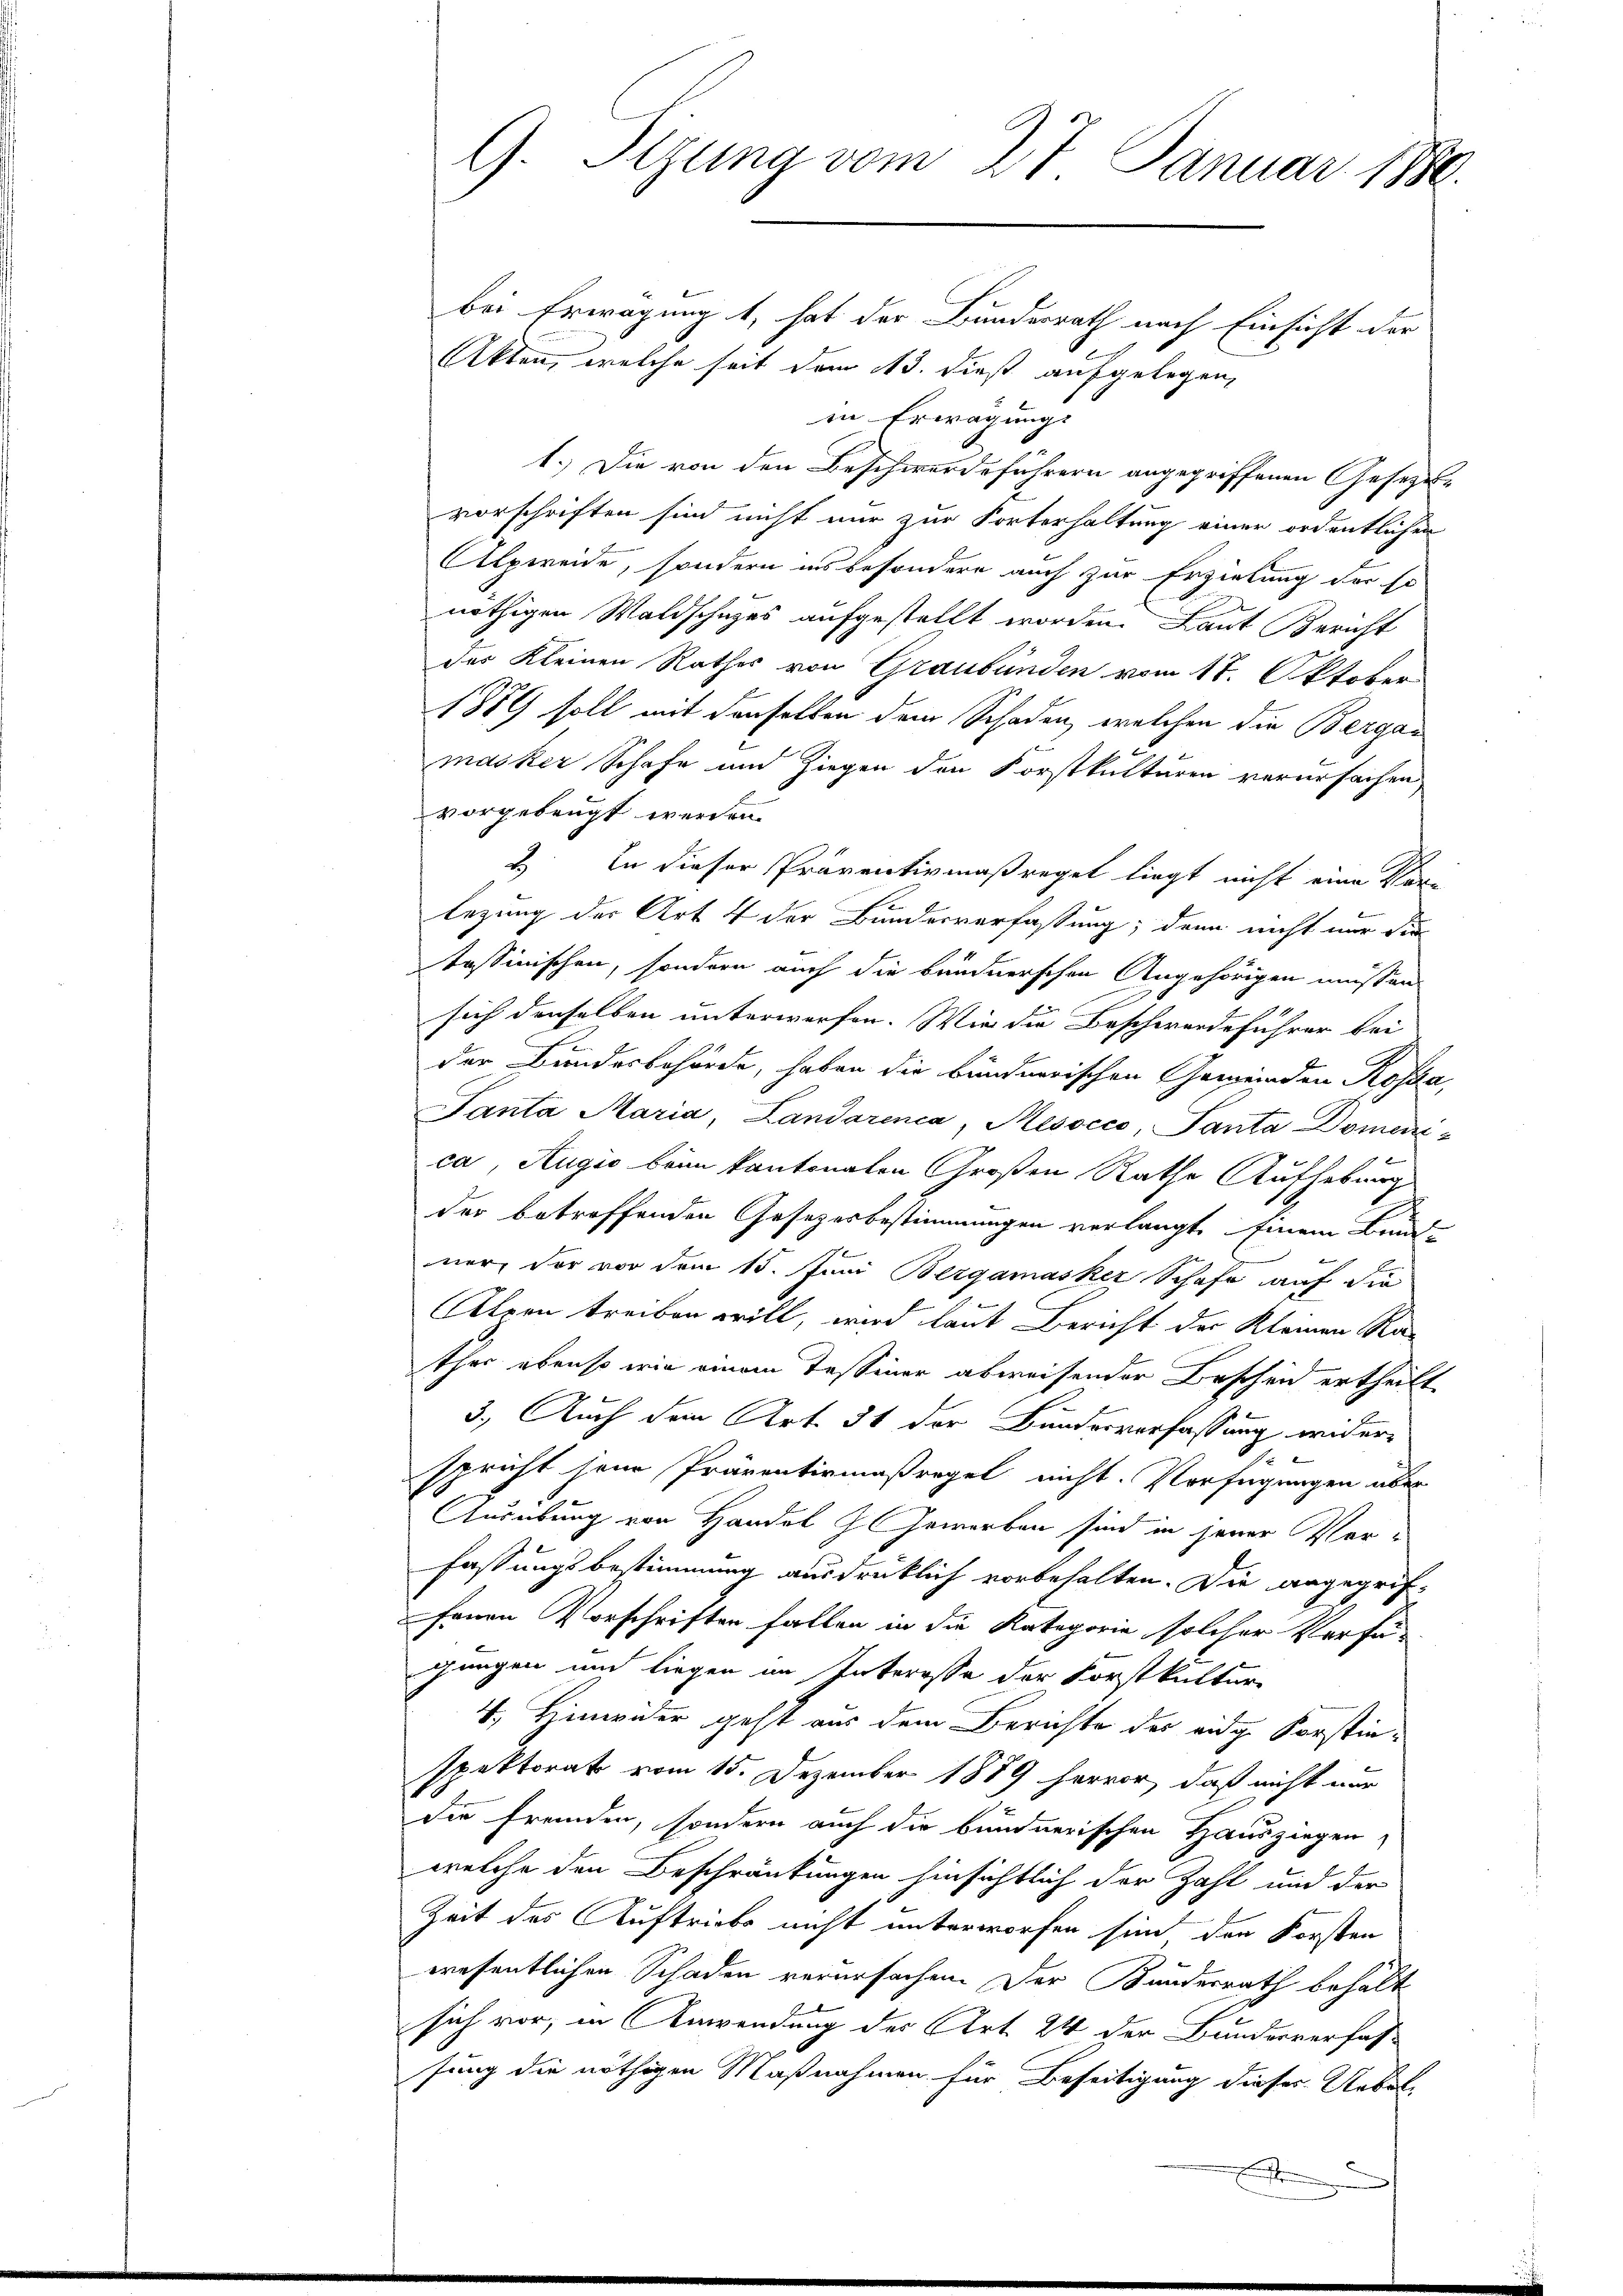
G. Tizung vom 27. Januar 1880.

bei Erwägung t, hat der Bundesrath nach Einsicht der
Akten, welche seit dem 13. dieß aufgelegen,
in Erwägung
1.) Die von den Beschwerdeführern angegriffenen Gesezesvorschriften sind nicht nur zur Forterhaltung einer ordentlichen
AAlpweide, sondern insbesondere auch zur Erzielung der so
nöthigen Waldschazes aufgestellt worden. Laut Bericht
des Kleinen Rathes von Graubünden vom 17. Oktober
1889 soll mit denselben dem Schaden, welchen die Bergas
masker Schafe und Ziegen den Forstkulturen verursachen
vorgebeugt werden.
2.) In dieser Präventivmaßregel liegt nicht eine Kar
legung der Art 4 der Bundesverfassung; dann nicht nur die
tessinischen, sondern auch die Bündnerschen Angehörigen müssen
sich denselben unterwerfen. Wir die Beschwerdeführer bei
der Bundesbehörde, haben die bündnerischen Gemeinden Rosa,
Panta Maria, Landarenca, Mesocco, Panta Domeni-
ca, Augić beim kantonalen Großen Rathe Aufhebung
der betreffenden Gesetzesbestimmungen verlangt. Einem Bunde
ner, der vor dem 15. Juni Bergamasker Schaf auf die
Alpen treiben will, wird laut Bericht der Kleinen Rathes ebenso wie einem Tessiner abweisender Bescheid ertheilt

3. Auch dem Art. 31 der Bunderverfassung wider-
spricht jene Präventirmaßregel nicht. Verfügungen über
Ausübung von Handel I Gewerben sind in jener Ver¬
Fassungsbestimmung ausdrücklich vorbehalten. Die angegrif-
fenen Vorschriften fallen in die Kategorie solcher Verfügungen und liegen im Interesse der Forstkultur-
V. Hinwider geht aus dem Berichte der eidg. Korstinspektorat vom 15. Dezember 1889 hervor, daß nicht nur
die fremden, sondern auch die bundnerischen Hausziegen,
welche den Beschränkungen hinsichtlich der Zahl und der
Zeit des Auftriebs nicht unterworfen sind den Forsten
wresentlichen Schaden verursachen. Der Bundesrath behält
sich vor, in Anwendung des Art. 24 der Bundesverfas-
sung die nöthigen Maßnahmen für Beseitigung dieses Uebele